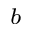
^ b